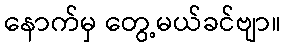
နောက်မှ တွေ့မယ်ခင်ဗျာ။